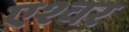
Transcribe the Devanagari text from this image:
एश्वर